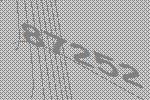
87252